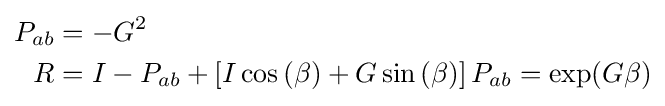
{\begin{aligned}P_{ab}&=-G^{2}\\R&=I-P_{ab}+\left[I\cos \left(\beta \right)+G\sin \left(\beta \right)\right]P_{ab}=\exp(G\beta )\\\end{aligned}}